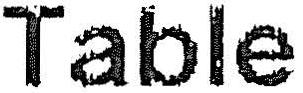
TABLE